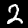
Digit: 2